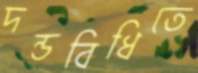
দন্ডবিধিতে